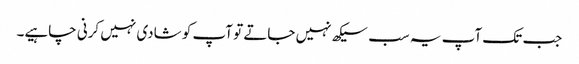
جب تک آپ یہ سب سیکھ نہیں جاتے تو آپ کو شادی نہیں کرنی چاہیے۔